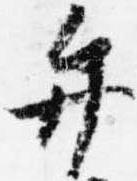
弁